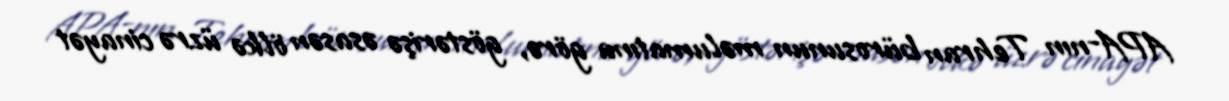
APA-nın Tehran bürosunun məlumatına görə, göstərişə əsasən ölkə üzrə cinayət